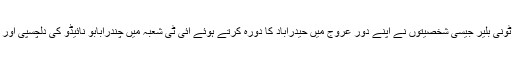
سابق امریکی صدر بل کلنٹن اور سابق برطانوی وزیراعظم ٹونی بلیر جیسی شخصیتوں نے اپنے دور عروج میں حیدرآباد کا دورہ کرتے ہوئے آئی ٹی شعبہ میں چندرابابو نائیڈو کی دلچسپی اور ریاست میں اس کی ترقی و ثمرات پر حیرت ظاہر کی تھی۔